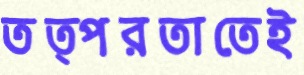
তত্পরতাতেই